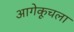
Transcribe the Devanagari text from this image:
आगेकूचला